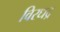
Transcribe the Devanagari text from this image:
विरधद्र